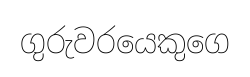
ගුරුවරයෙකුගෙ